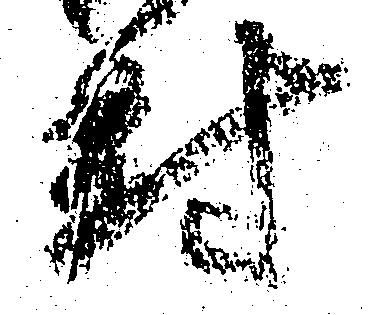
対